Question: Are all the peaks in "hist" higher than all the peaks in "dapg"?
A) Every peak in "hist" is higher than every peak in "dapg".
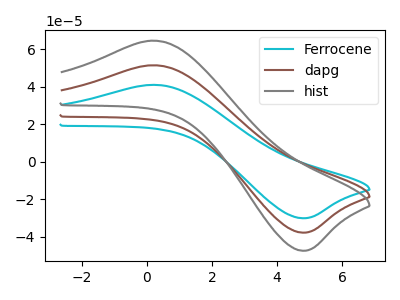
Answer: <think>The cyan curve "Ferrocene" has an anodic peak at (0.15V, 102.85uA) and a cathodic peak at (4.75V, -75.80uA). The brown curve "dapg" has an anodic peak at (0.15V, 51.45uA) and a cathodic peak at (4.75V, -37.90uA). The gray curve "hist" has an anodic peak at (0.15V, 64.55uA) and a cathodic peak at (4.75V, -47.55uA).</think>
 <answer>A) Every peak in "hist" is higher than every peak in "dapg".</answer>
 <eval>A</eval>